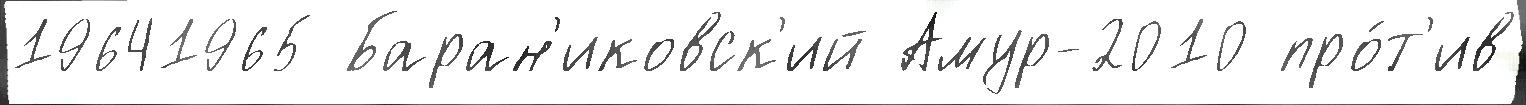
19641965 Баран'иковск'ий Амур-2010 про́т'ив